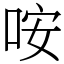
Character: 咹